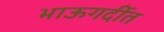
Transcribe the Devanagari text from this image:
भाऊगर्दीत